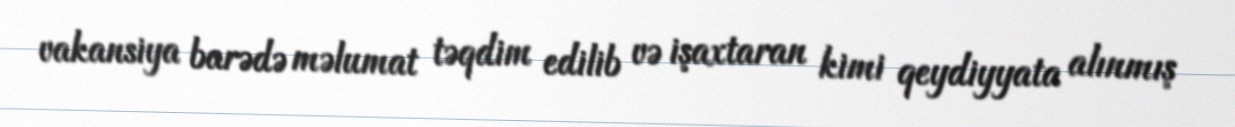
vakansiya barədə məlumat təqdim edilib və işaxtaran kimi qeydiyyata alınmış